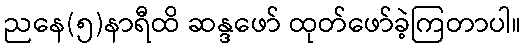
ညနေ(၅)နာရီထိ ဆန္ဒဖော် ထုတ်ဖော်ခဲ့ကြတာပါ။